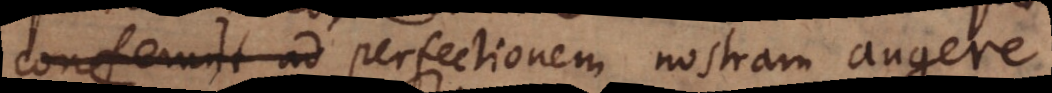
conferunt ad perfectionem nostram augere